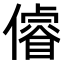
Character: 𠏻